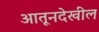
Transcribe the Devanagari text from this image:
आतूनदेखील